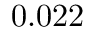
0 . 0 2 2